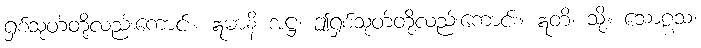
ရှစ်သုတ်တို့လည်းကောင်း။ ဣမာနိ အဋ္ဌ၊ ဤရှစ်သုတ်တို့လည်းကောင်း။ ဣတိ၊ သို့။ သောဠသ၊